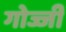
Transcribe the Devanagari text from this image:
गोज्जी